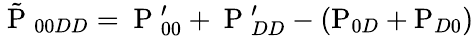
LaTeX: \tilde{\mathrm{~P~}}_{00DD}=\mathrm{~P~}_{00}^{\prime}+\mathrm{~P~}_{DD}^{\prime}-(\mathrm{P}_{0D}+\mathrm{P}_{D0})